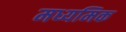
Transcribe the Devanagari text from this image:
मध्यमिक